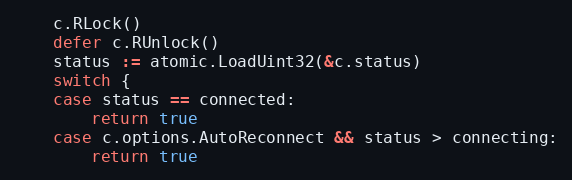
Language: Go
	c.RLock()
	defer c.RUnlock()
	status := atomic.LoadUint32(&c.status)
	switch {
	case status == connected:
		return true
	case c.options.AutoReconnect && status > connecting:
		return true